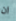
ان